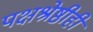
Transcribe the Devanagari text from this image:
पक्षश्रेष्ठीही